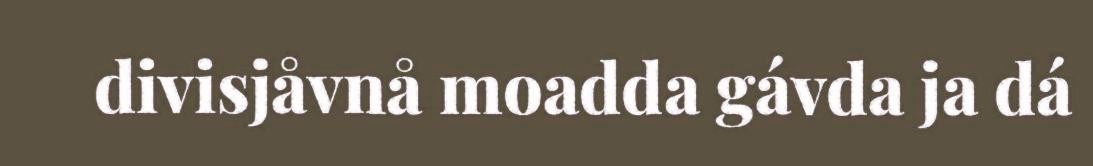
divisjåvnå moadda gávda ja dá